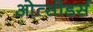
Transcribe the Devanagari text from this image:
ओत्सीडर्स